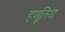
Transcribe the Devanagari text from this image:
हणूतिया